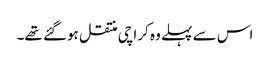
اس سے پہلے وہ کراچی منتقل ہوگئے تھے۔